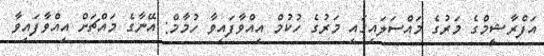
އަފްރާޝީމްގެ މަރުގެ މައްސަލައިގައި މަރުގެ ހުކުމް އިއްވާފައިވާ ހުމާމް: އޭނާގެ މައްޗަށް އިއްވާފައިވާ